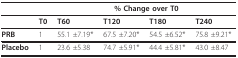
<table><thead><tr><td>[EMPTY_CELL]</td><td>[EMPTY_CELL]</td><td colspan="4"><b>% Change over T0</b></td></tr></thead><tbody><tr><td>[EMPTY_CELL]</td><td><b>T0</b></td><td><b>T60</b></td><td><b>T120</b></td><td><b>T180</b></td><td><b>T240</b></td></tr><tr><td><b>PRB</b></td><td>1</td><td>55.1 ±7.19*</td><td>67.5 ±7.20*</td><td>54.5 ±6.52*</td><td>75.8 ±9.21*</td></tr><tr><td><b>Placebo</b></td><td>1</td><td>23.6 ±5.38</td><td>74.7 ±5.91*</td><td>44.4 ±5.81*</td><td>43.0 ±8.47</td></tr></tbody></table>